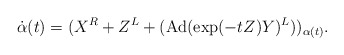
\begin{align*}\dot{\alpha}(t)=(X^R+Z^L+(\operatorname{Ad}(\exp (-tZ)Y)^L))_{\alpha(t)}.\end{align*}